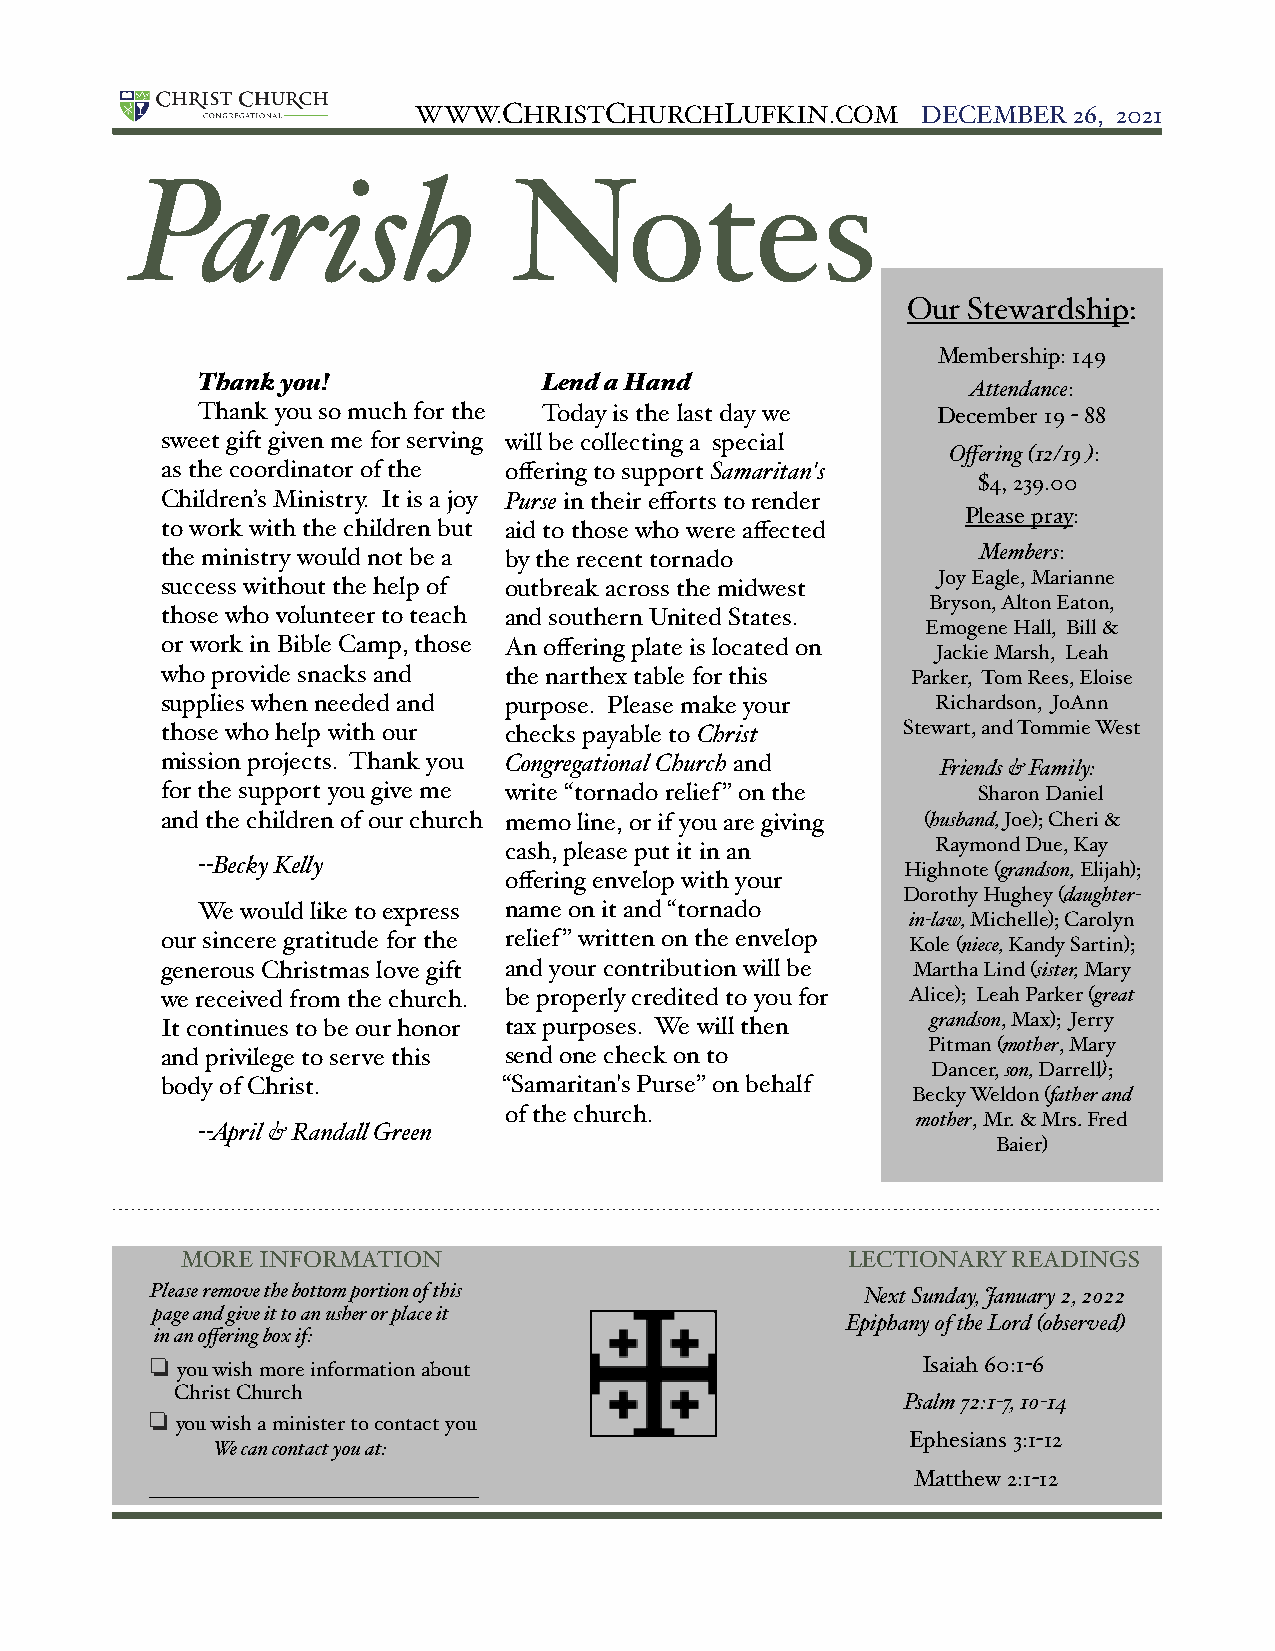
WWW.CHRISTCHURCHLUFKIN.COM!      DECEMBER  26, 2021
 Parish                   Notes
 Our Stewardship:
 Membership: 149
 Thank you!             Lend a Hand
 Attendance:
 Thank you so much for the Today is the last day we December 19 - 88
 sweet gift given me for serving will be collecting a special
 Offering (12/19 ):
 as the coordinator of the offering to support Samaritan's
 $4, 239.00
 Children’s Ministry. It is a joy Purse in their efforts to render
 Please pray:
 to work with the children but aid to those who were affected
 the ministry would not be a by the recent tornado     Members:
 Joy Eagle, Marianne
 success without the help of outbreak across the midwest
 Bryson, Alton Eaton,
 those who volunteer to teach and southern United States.
 Emogene Hall, Bill &
 or work in Bible Camp, those An offering plate is located on
 Jackie Marsh, Leah
 who provide snacks and the narthex table for this Parker, Tom Rees, Eloise
 supplies when needed and purpose. Please make your Richardson, JoAnn
 those who help with our checks payable to Christ Stewart, and Tommie West
 mission projects. Thank you Congregational Church and Friends & Family:
 for the support you give me write “tornado relief” on the Sharon Daniel
 and the children of our church memo line, or if you are giving (husband, Joe); Cheri &
 cash, please put it in an    Raymond Due, Kay
 --Becky Kelly                                  Highnote (grandson, Elijah);
 offering envelop with your
 Dorothy Hughey (daughter-
 We would like to express name on it and “tornado
 in-law, Michelle); Carolyn
 our sincere gratitude for the relief” written on the envelop Kole (niece, Kandy Sartin);
 generous Christmas love gift and your contribution will be Martha Lind (sister, Mary
 we received from the church. be properly credited to you for Alice); Leah Parker (great
 It continues to be our honor tax purposes. We will then grandson, Max); Jerry
 Pitman (mother, Mary
 and privilege to serve this send one check on to
 Dancer, son, Darrell);
 body of Christ.       “Samaritan's Purse” on behalf
 Becky Weldon (father and
 of the church.
 mother, Mr. & Mrs. Fred
 --April & Randall Green
 Baier)
 MORE INFORMATION                 "          LECTIONARY READINGS
 Please remove the bottom portion of this       Next Sunday, January 2, 2022
 page and give it to an usher or place it
 Epiphany of the Lord (observed)
 in an offering box if:
 ❏ you wish more information about                  Isaiah 60:1-6
 Christ Church
 Psalm 72:1-7, 10-14
 ❏ you wish a minister to contact you
 Ephesians 3:1-12
 We can contact you at:
 Matthew 2:1-12
 _______________________________"
 !